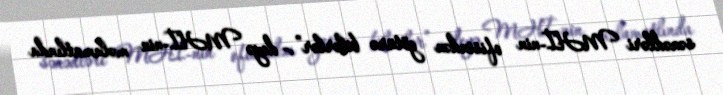
sənədləri MHİ-nin ofisindən götürə bilərlər”,- deyə MHİ-nin məlumatlında